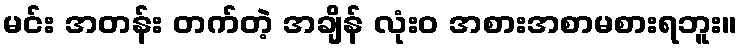
မင်း အတန်း တက်တဲ့ အချိန် လုံးဝ အစားအစာမစားရဘူး။